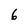
Character: 6